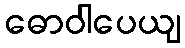
ဓောဝါပေယျ